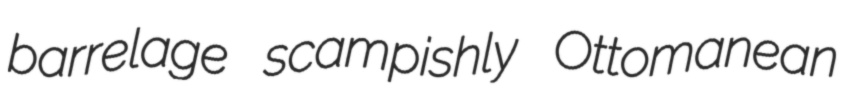
barrelage scampishly Ottomanean